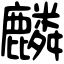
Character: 麟